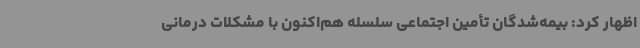
اظهار کرد: بیمه‌شدگان تأمین اجتماعی سلسله هم‌اکنون با مشکلات درمانی